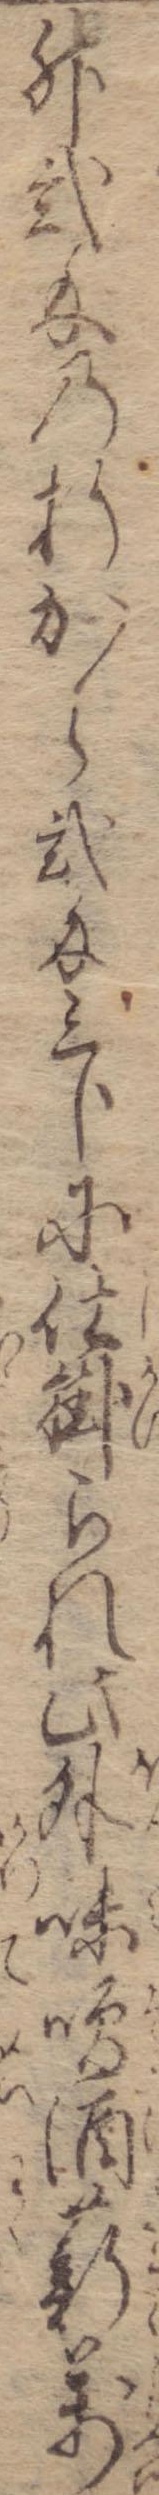
升弐匁の折から弐匁三分に仕掛られ此外味噌酒薪万